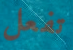
تفعل